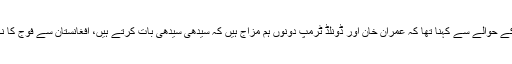
شیخ رشید کا وزیراعظم عمران خان کے دورہ امریکہ کے حوالے سے کہنا تھا کہ عمران خان اور ڈونلڈ ٹرمپ دونوں ہم مزاج ہیں کہ سیدھی سیدھی بات کرتے ہیں، افغانستان سے فوج کا نکلنا ڈونلڈ ٹرمپ کے اگلے الیکشن کے لیے بہت اہم ہے۔